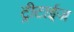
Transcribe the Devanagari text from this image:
ट्रीटाईज